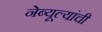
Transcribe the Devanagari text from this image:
नेब्यूल्यांची